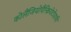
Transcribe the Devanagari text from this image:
कोलैंजियोपैन्क्रियेटोग्राफी